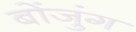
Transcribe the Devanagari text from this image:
बोंजुंग